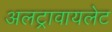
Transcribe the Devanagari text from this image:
अलट्रावायलेट